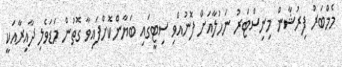
މެމްބަރު ފިރުޝާން މިނިސްޓަރު ނަހުލާއަށް ފޮނުއްވި ސިޓީގައި ބަޔާންކޮށްފައިވާ ގޮތުން މަޑަވެލި ދާއިރާއަކީ